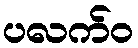
ပလက်ဝ